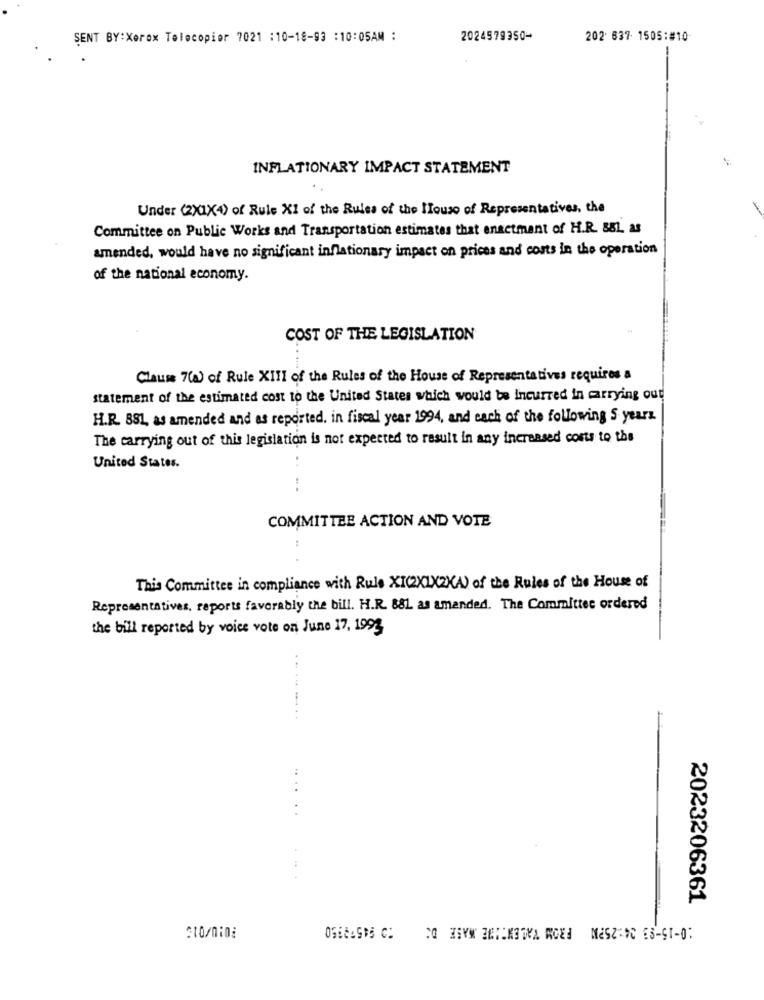
SENT BY:Xerox Telecopior 7021 :10-18-93 : 10:05AM :
2024979350-
202 637- 1505:#10
-
INFLATIONARY IMPACT STATEMENT
Under (2X1X4) of Rule XI of the Rules of the House of Representatives, the
Committee on Public Works and Transportation estimates that enactment of H.R. 881, as
amended, would have no significant inflationary impact on prices and costs in the operation
of the national economy.
COST OF THE LEGISLATION
Clause 7(a) of Rule XIII of the Rules of the House of Representatives requires a
statement of the estimated cost to the United States which would be Incurred in carrying out
H.R. 881, as amended and as reported. in fiscal year 1994, and each of the following 5 years
The carrying out of this legislation is not expected to result in any increased costs to the
United States.
..
COMMITTEE ACTION AND VOTE
This Committee in compliance with Rule XI(XIXZKA) of the Rules of the House of
Representatives, reports favorably the bill. H.R. 881 as amended. The Committee ordered
the bill reported by voice vote on June 17, 1993
... .
...... . .
2023206361
310/nidi